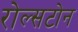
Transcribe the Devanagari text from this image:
रोल्सटोन